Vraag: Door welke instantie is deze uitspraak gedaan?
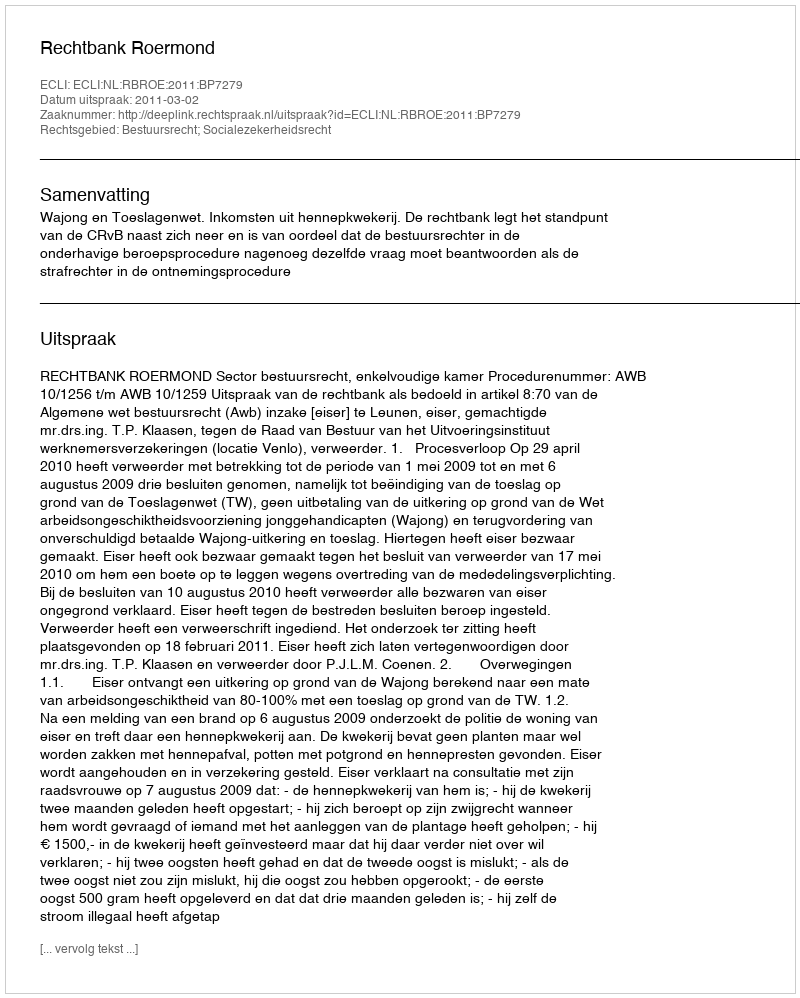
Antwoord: Rechtbank Roermond